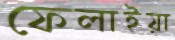
ফেলাইয়া